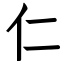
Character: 仁